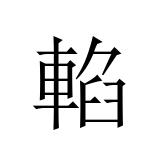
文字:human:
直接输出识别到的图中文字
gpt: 輡